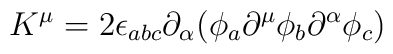
K^\mu = 2\epsilon_{abc}\partial_\alpha ( \phi_a \partial^\mu \phi_b\partial^\alpha \phi_c )